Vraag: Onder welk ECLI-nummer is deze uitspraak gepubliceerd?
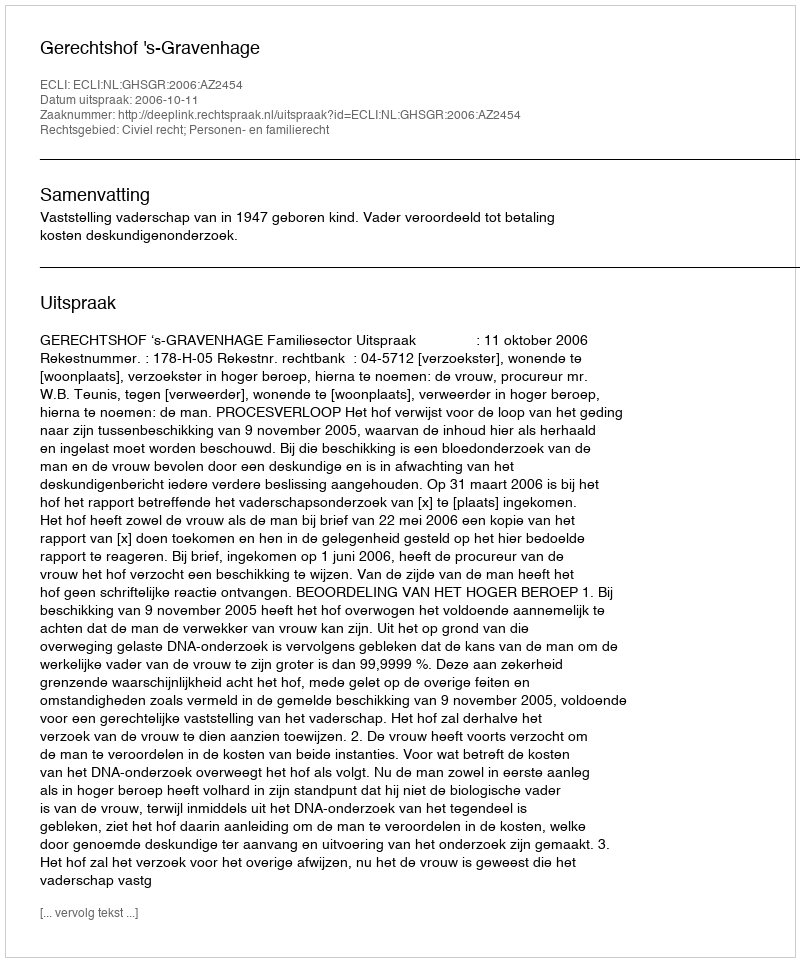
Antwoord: ECLI:NL:GHSGR:2006:AZ2454